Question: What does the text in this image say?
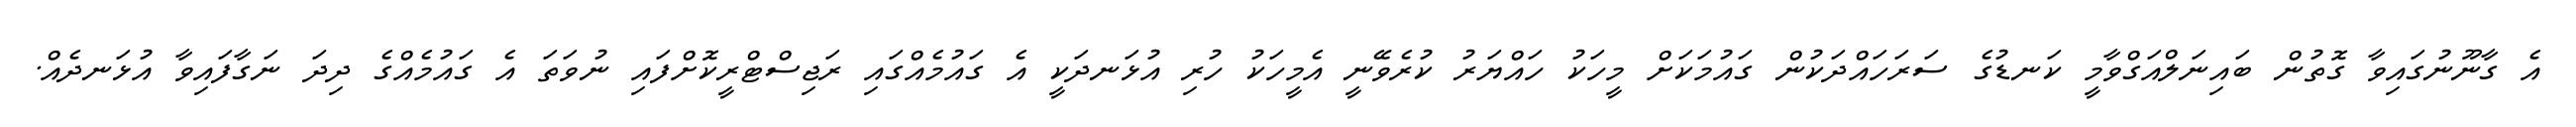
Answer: އެ ގާނޫނުގައިވާ ގޮތުން ބައިނަލްއަގްވާމީ ކަނޑުގެ ސަރަހައްދަކުން ގައުމަކަށް މީހަކު ހައްޔަރު ކުރެވޭނީ އެމީހަކު ހުރި އުޅަނދަކީ އެ ގައުމެއްގައި ރަޖިސްޓްރީކޮށްފައި ނުވަތަ އެ ގައުމެއްގެ ދިދަ ނަގާފައިވާ އުޅަނދެއް.